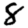
Digit: 8